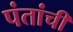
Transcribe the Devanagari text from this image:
पंतांची